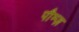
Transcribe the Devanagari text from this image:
पौम्ज़